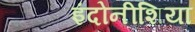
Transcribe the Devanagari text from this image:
इंदोनीशिया